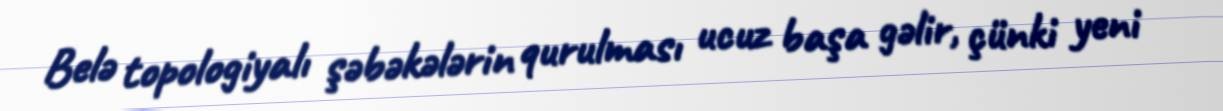
Belə topologiyalı şəbəkələrin qurulması ucuz başa gəlir, çünki yeni